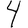
Digit: 4